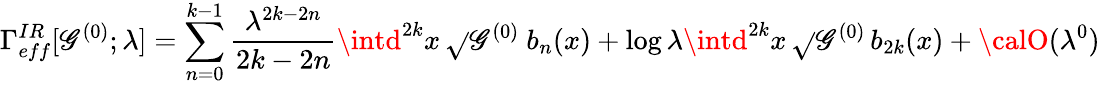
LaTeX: \Gamma_{eff}^{IR}[\mathscr{G}^{(0)};\lambda]=\sum_{n=0}^{k-1}{\frac{{\lambda^{2k-2n}}}{{2k-2n}}}\intd^{2k}x\, \sqrt{}{{\mathscr{G}^{(0)}}}\ b_{n}(x)+\log\lambda\intd^{2k}x\, \sqrt{}{{\mathscr{G}^{(0)}}}\, b_{2k}(x)+{\calO}(\lambda^{0})